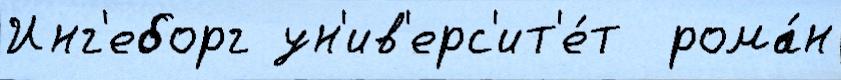
Инг'еборг ун'ив'ерс'ит'е́т  рома́н